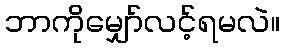
ဘာကိုမျှော်လင့်ရမလဲ။